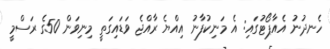
ހެނދުނު އެއާޕޯޓުގައި: އެ މަނިކުފާނު އިއްޔެ ރާއްޖެ ވަޑައިގަތީ މިނިވަން 50ގެ ރަސްމީ